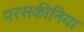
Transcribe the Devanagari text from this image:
परसकीनिया